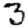
Digit: 3